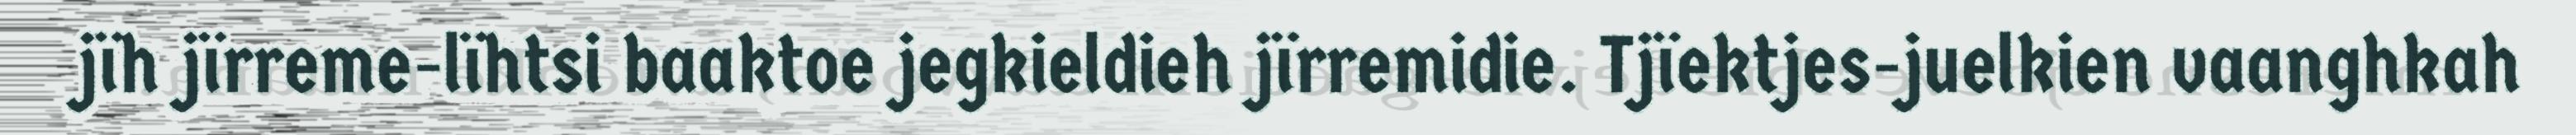
jïh jïrreme-lïhtsi baaktoe jegkieldieh jïrremidie. Tjïektjes-juelkien vaanghkah